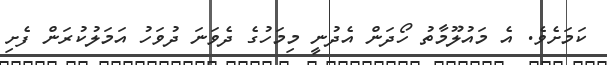
ކަމަށެވެ. އެ މައުލޫމާތު ހޯދަން އެދުނީ މިމަހުގެ ދެވަނަ ދުވަހު އަމަލުކުރަން ފެށި